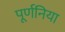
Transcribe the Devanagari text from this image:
पूर्णनिया